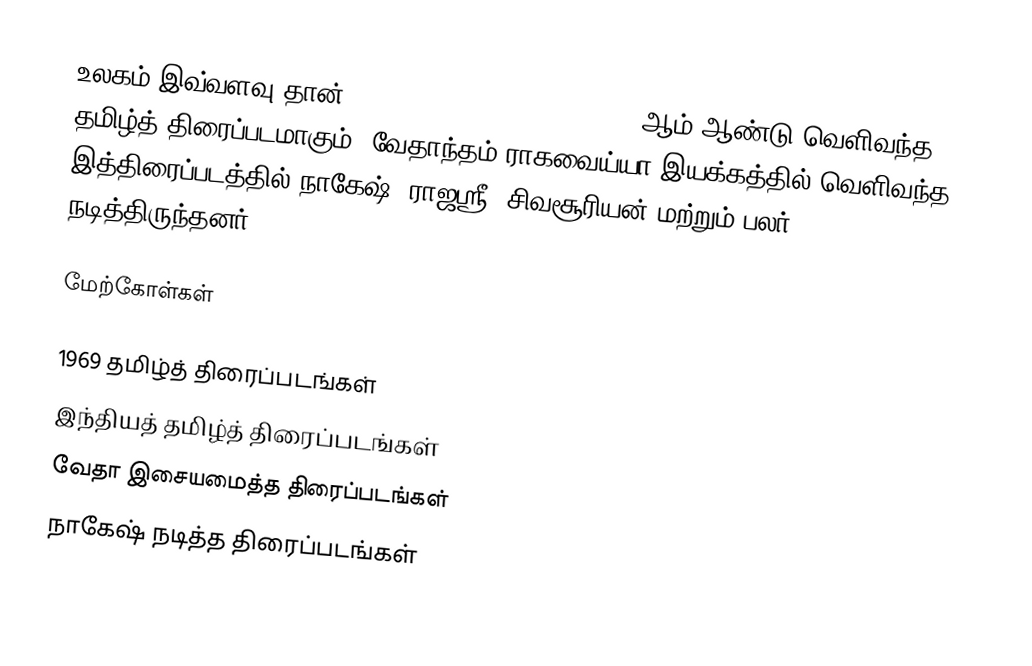
உலகம் இவ்வளவு தான் (ULAGAM IVVALAVU THAAN)  1969 ஆம் ஆண்டு வெளிவந்த தமிழ்த் திரைப்படமாகும். வேதாந்தம் ராகவைய்யா இயக்கத்தில் வெளிவந்த இத்திரைப்படத்தில் நாகேஷ், ராஜஸ்ரீ, சிவசூரியன் மற்றும் பலர் நடித்திருந்தனர்.

மேற்கோள்கள்

1969 தமிழ்த் திரைப்படங்கள்
இந்தியத் தமிழ்த் திரைப்படங்கள்
வேதா இசையமைத்த திரைப்படங்கள்
நாகேஷ் நடித்த திரைப்படங்கள்